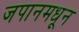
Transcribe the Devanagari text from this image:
जपानमधून